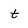
Character: t